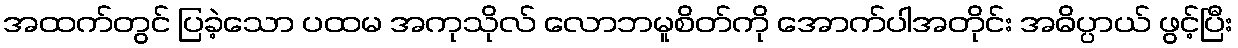
အထက်တွင် ပြခဲ့သော ပထမ အကုသိုလ် လောဘမူစိတ်ကို အောက်ပါအတိုင်း အဓိပ္ပာယ် ဖွင့်ပြီး